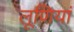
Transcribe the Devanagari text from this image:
लूणियां